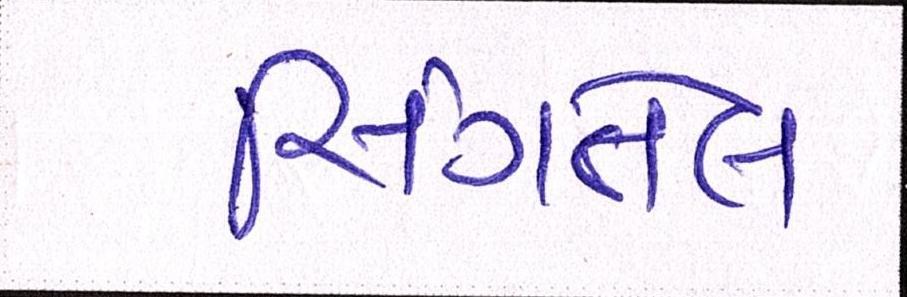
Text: સિંગતેલ